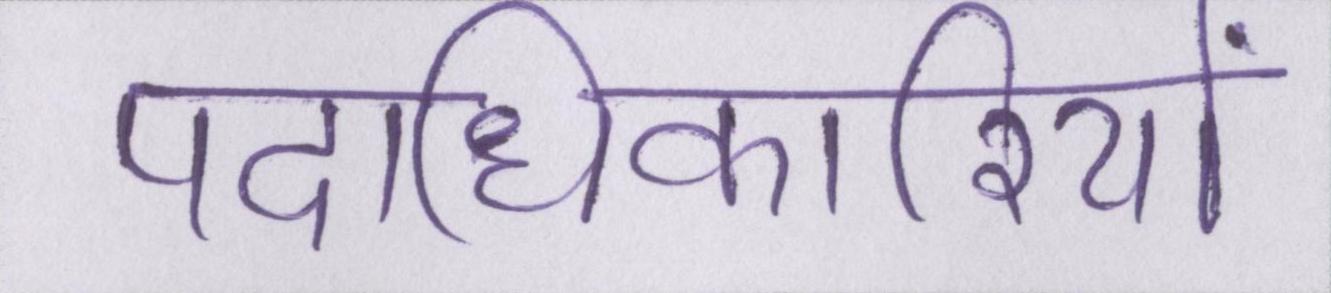
पदाधिकारियों